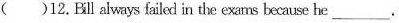
( 12.Bll always failed in the exams became he___.